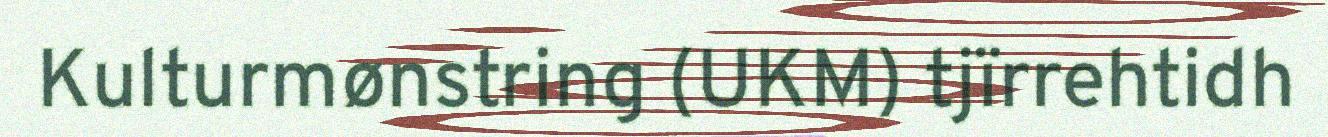
Kulturmønstring (UKM) tjïrrehtidh